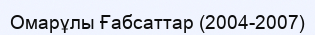
Омарұлы Ғабсаттар (2004-2007)